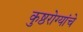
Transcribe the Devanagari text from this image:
कुष्ठरोग्यांचे